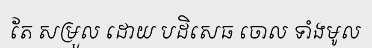
តែ សម្រួល ដោយ បដិសេធ ចោល ទាំងមូល